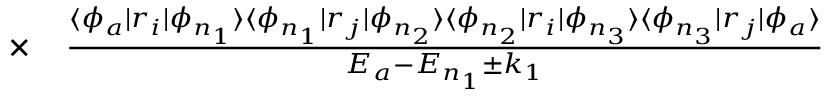
\begin{array} { r l } { \times } & { { } \frac { \langle \phi _ { a } | r _ { i } | \phi _ { n _ { 1 } } \rangle \langle \phi _ { n _ { 1 } } | r _ { j } | \phi _ { n _ { 2 } } \rangle \langle \phi _ { n _ { 2 } } | r _ { i } | \phi _ { n _ { 3 } } \rangle \langle \phi _ { n _ { 3 } } | r _ { j } | \phi _ { a } \rangle } { E _ { a } - E _ { n _ { 1 } } \pm k _ { 1 } } } \end{array}